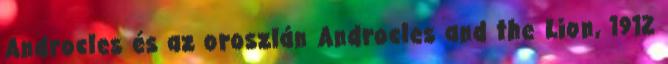
Androcles és az oroszlán Androcles and the Lion, 1912